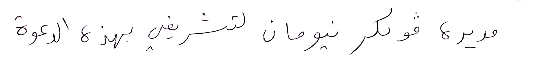
مديره فولكر نيومن لتشريفي بهذه الدعوة